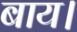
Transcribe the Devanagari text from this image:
बाय।